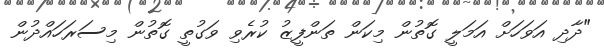
"ދާދި އަވަހަށް އަމަލީ ގޮތުން މިކަން ތަންފީޒު ކުރެވި ވަގުތީ ގޮތުން މިސަރަހައްދުން